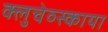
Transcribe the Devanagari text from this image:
क्लुचेव्स्काया